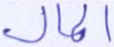
المال